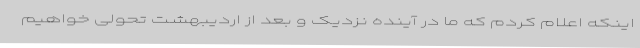
اینکه اعلام کردم که ما در آینده نزدیک و بعد از اردیبهشت تحولی خواهیم